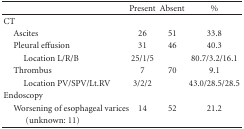
<table><thead><tr><td>[EMPTY_CELL]</td><td><b>Present</b></td><td><b>Absent</b></td><td><b>%</b></td></tr></thead><tbody><tr><td>CT</td><td>[EMPTY_CELL]</td><td>[EMPTY_CELL]</td><td>[EMPTY_CELL]</td></tr><tr><td> Ascites</td><td>26</td><td>51</td><td>33.8</td></tr><tr><td> Pleural effusion</td><td>31</td><td>46</td><td>40.3</td></tr><tr><td>Location L/R/B</td><td>25/1/5</td><td>[EMPTY_CELL]</td><td>80.7/3.2/16.1</td></tr><tr><td> Thrombus</td><td>7</td><td>70</td><td>9.1</td></tr><tr><td>Location PV/SPV/Lt.RV</td><td>3/2/2</td><td>[EMPTY_CELL]</td><td>43.0/28.5/28.5</td></tr><tr><td>Endoscopy</td><td>[EMPTY_CELL]</td><td>[EMPTY_CELL]</td><td>[EMPTY_CELL]</td></tr><tr><td> Worsening of esophageal varices</td><td>14</td><td>52</td><td>21.2</td></tr><tr><td>(unknown: 11)</td><td>[EMPTY_CELL]</td><td>[EMPTY_CELL]</td><td>[EMPTY_CELL]</td></tr></tbody></table>